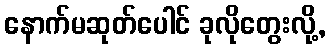
နောက်မဆုတ်ပေါင် ခုလိုတွေးလို့,